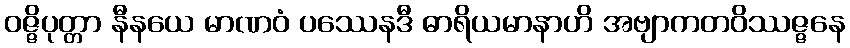
ဝဇ္ဇိပုတ္တာ နီနယေ မာဏဝံ ပဿေနဒီ ဓာရိယမာနာဟိ အဗျာကတဝိဿဇ္ဇနေ